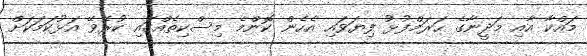
މައްކާ އާއި މަދީނާގެ ޙަރަމްފުޅު ފިޔަވައި އެހެން ކޮންމެ މިސްކިތެއްގައި ކުރެވޭ އަޅުކަމަކަށް